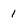
Character: 1